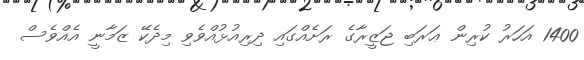
1400 އަހަރު ކުރިން ޢަރަބި ޖަޒީރާގެ ރަށެއްގައި ދިރިއުޅުއްވެވި މިދެކޭ ޒަމާނީ އެއްވެސް